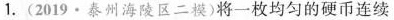
1.(2019·泰州海陵区二模)将一枚均匀的硬币连续